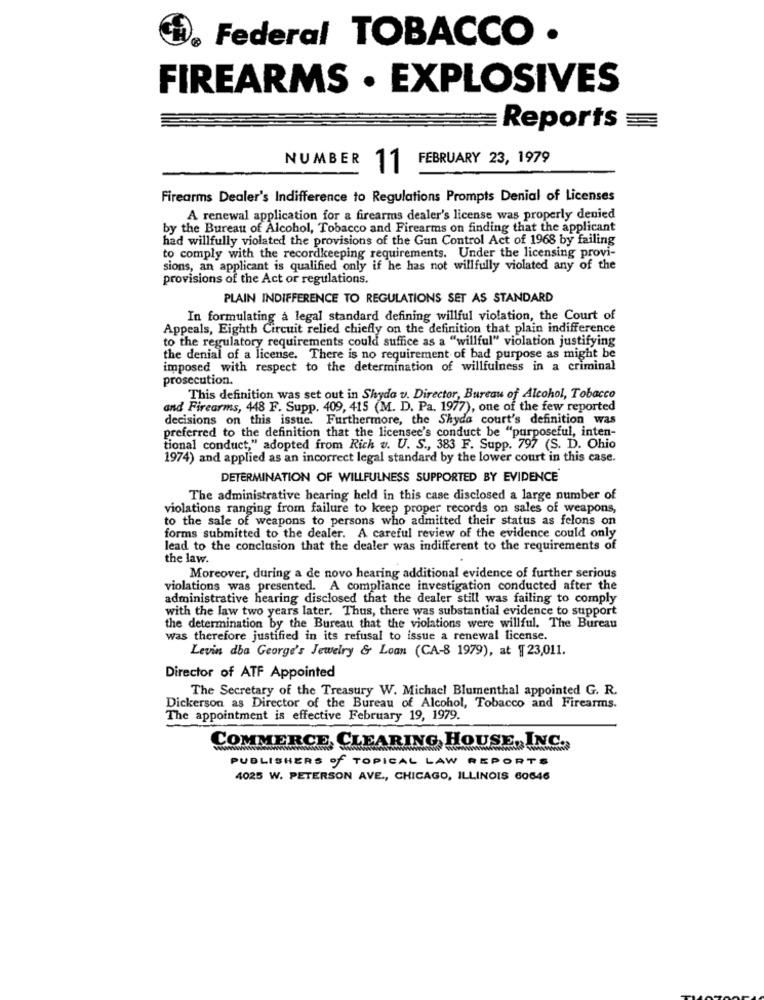
Federal TOBACCO ·
FIREARMS · EXPLOSIVES
Reports
NUMBER
FEBRUARY 23, 1979
11
Firearms Dealer's Indifference to Regulations Prompts Denial of Licenses
A renewal application for a firearms dealer's license was properly denied
by the Bureau of Alcohol, Tobacco and Firearms on finding that the applicant
had willfully violated the provisions of the Gun Control Act of 1968 by failing
to comply with the recordkeeping requirements. Under the licensing provi-
sions, an applicant is qualified only if he has not willfully violated any of the
provisions of the Act or regulations.
PLAIN INDIFFERENCE TO REGULATIONS SET AS STANDARD
In formulating a legal standard defining willful violation, the Court of
Appeals, Eighth Circuit relied chiefly on the definition that plain indifference
to the regulatory requirements could suffice as a "willful" violation justifying
the denial of a license. There is no requirement of bad purpose as might be
imposed with respect to the determination of willfulness in a criminal
prosecution.
This definition was set out in Shyda v. Director, Bureau of Alcohol, Tobacco
and Firearms, 448 F. Supp. 409, 415 (M. D. Pa. 1977), one of the few reported
decisions on this issue. Furthermore, the Shyda court's definition was
preferred to the definition that the licensec's conduct be "purposeful, inten-
tional conduct," adopted from Rich u. U. S ., 383 F. Supp. 797 (S. D. Ohio
1974) and applied as an incorrect legal standard by the lower court in this case.
DETERMINATION OF WILLFULNESS SUPPORTED BY EVIDENCE
The administrative hearing held in this case disclosed a large number of
violations ranging from failure to keep proper records on sales of weapons,
to the sale of weapons to persons who admitted their status as felons on
forms submitted to the dealer. A careful review of the evidence could only
lead to the conclusion that the dealer was indifferent to the requirements of
the law.
Moreover, during a de novo hearing additional evidence of further serious
violations was presented. A compliance investigation conducted after the
administrative hearing disclosed that the dealer still was failing to comply
with the law two years later. Thus, there was substantial evidence to support
the determination by the Bureau that the violations were willful. The Bureau
was therefore justified in its refusal to issue a renewal license.
Levin dba George's Jewelry & Loan (CA-8 1979), at § 23,011.
Director of ATF Appointed
The Secretary of the Treasury W. Michael Blumenthal appointed G. R.
Dickerson as Director of the Bureau of Alcohol, Tobacco and Firearms.
The appointment is effective February 19, 1979.
COMMERCE CLEARING HOUSE, INC ..
PUBLISHERS of TOPICAL LAW REPORTS
4025 W. PETERSON AVE ., CHICAGO, ILLINOIS 60646